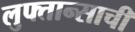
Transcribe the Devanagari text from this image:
लुफ्तान्साची